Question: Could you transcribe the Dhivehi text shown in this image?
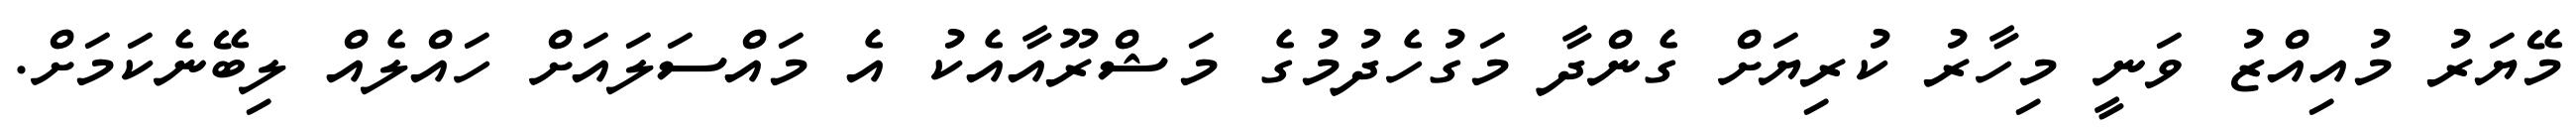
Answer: މޭޔަރު މުއިއްޒު ވަނީ މިހާރު ކުރިޔަށް ގެންދާ މަގުހެދުމުގެ މަޝްރޫއާއެކު އެ މައްސަލައަށް ހައްލެއް ލިބޭނެކަމަށް.